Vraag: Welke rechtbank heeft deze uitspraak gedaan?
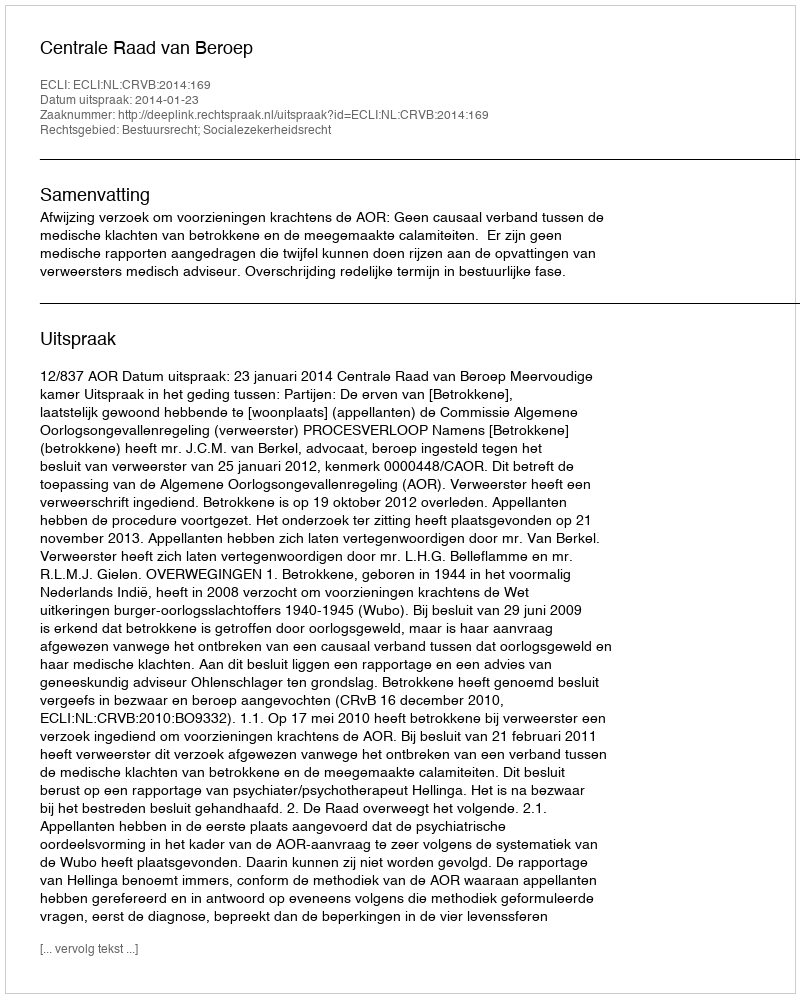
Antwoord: Centrale Raad van Beroep